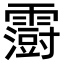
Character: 𮦵